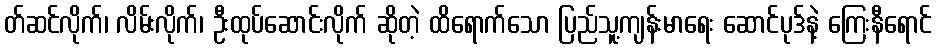
တ်ဆင်လိုက်၊ လိမ်းလိုက်၊ ဦးထုပ်ဆောင်းလိုက် ဆိုတဲ့ ထိရောက်သော ပြည်သူ့ကျန်းမာရေး ဆောင်ပုဒ်နဲ့ ကြေးနီရောင်